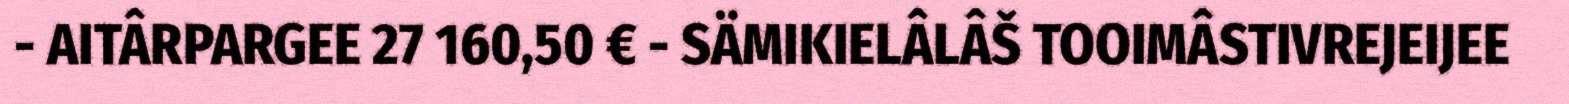
- AITÂRPARGEE 27 160,50 € - SÄMIKIELÂLÂŠ TOOIMÂSTIVREJEIJEE